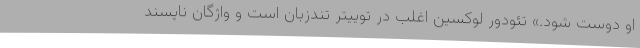
او دوست شود.» تئودور لوکسین اغلب در توییتر تندزبان است و واژگان ناپسند